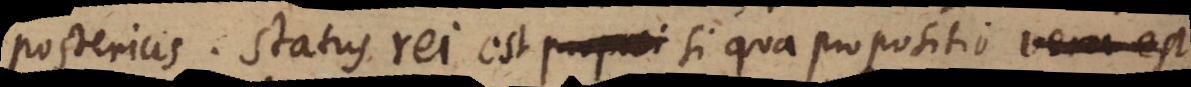
posterius. Status rei est proposi si qua propositio vera est